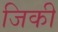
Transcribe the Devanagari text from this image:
जिकी